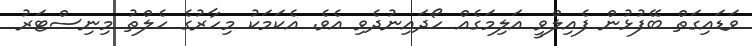
ވަޑައިގަތް ބޭފުޅުން ފެއިލްވީ އަލިމަގެއް ހޯދައިނުދެވި އެވެ. އެކަމަކު މިހާރުގެ ހެލްތު މިނިސްޓަރު